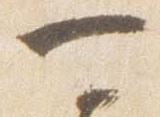
可